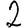
Digit: 2